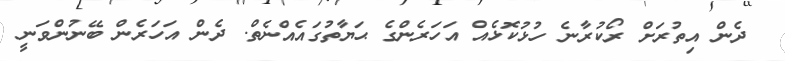
ދެން އިތުރަށް ރޯކުރާނެ ހުޅުކޮޅެއް އަހަރެންގެ ޙަޔާތުގައެއްނެތް. ދެން އަހަރެން ބޭނުންވަނީ